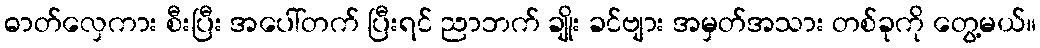
ဓာတ်လှေကား စီးပြီး အပေါ်တက် ပြီးရင် ညာဘက် ချိုး ခင်ဗျား အမှတ်အသား တစ်ခုကို တွေ့မယ်။